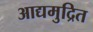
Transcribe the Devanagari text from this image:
आद्यमुद्रित